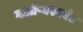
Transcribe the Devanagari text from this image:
गओप्यस्फोट